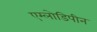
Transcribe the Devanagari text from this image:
एम्लोडिपीन